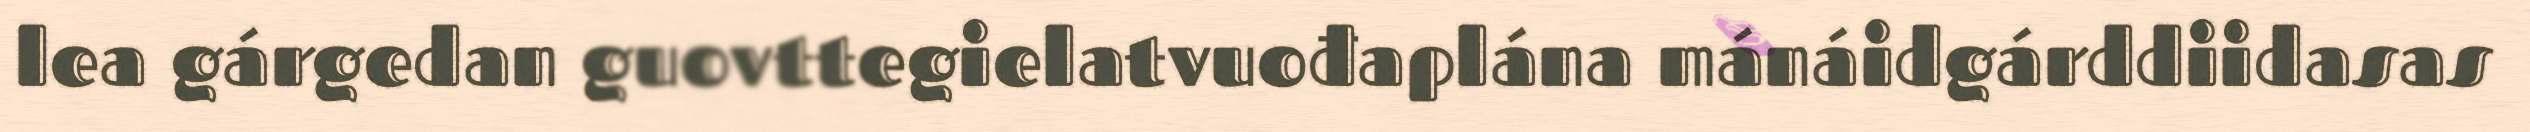
lea gárgedan guovttegielatvuođaplána mánáidgárddiidasas